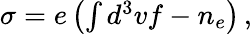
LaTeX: \begin{array}{r}{\sigma=e\left(\int d^{3}vf-n_{e}\right)\, ,}\end{array}